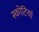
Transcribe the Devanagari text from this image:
स्कोटियां